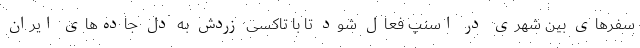
سفرهای بین شهری در اسنپ فعال شود تا با تاکسی زردش به دل جاده‌های ایران